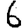
Digit: 6